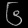
Digit: ၆